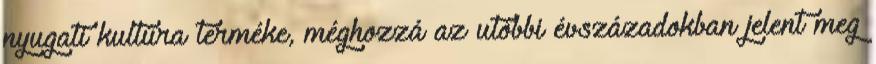
nyugati kultúra terméke, méghozzá az utóbbi évszázadokban jelent meg